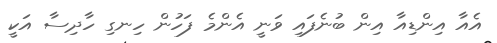
އެއާ އިންޑިއާ އިން ބުނެފައި ވަނީ އެންމެ ފަހުން ހިނގި ހާދިސާ އަކީ